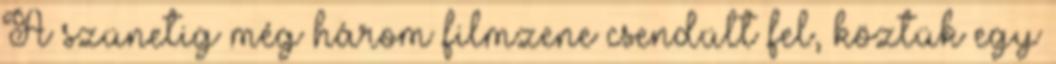
A szünetig még három filmzene csendült fel, köztük egy